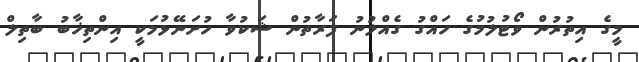
މީގެ އިތުރުން ވޯޓުލުމުގެ ހައްގު ގެއްލުނު ފަރާތުން ޝަކުވާ ހުށަނޭޅުމަކީ އިންތިޚާބު ބާތިލް